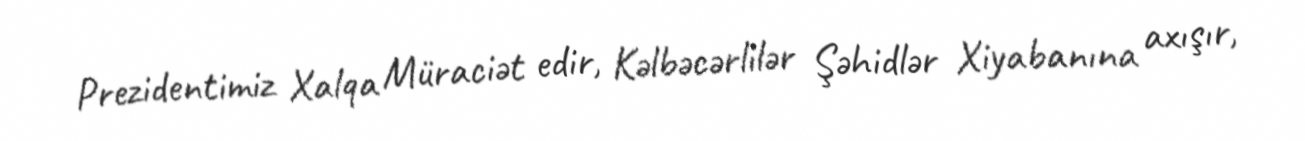
Prezidentimiz Xalqa Müraciət edir, Kəlbəcərlilər Şəhidlər Xiyabanına axışır,